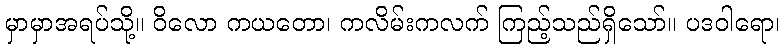
မှာမှာအရပ်သို့။ ဝိလော ကယတော၊ ကလိမ်းကလက် ကြည့်သည်ရှိသော်။ ပဒဝါရော၊